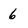
Character: 6